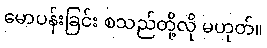
မောပန်းခြင်း စသည်တို့လို မဟုတ်။